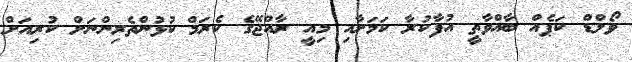
ވޯލްޑް ކަޕެއް ބާއްވާތީ އުފާކުރާ ކަމަށާއި މިއީ ރާއްޖޭގެ ކެރަމް ކުޅުންތެރިންނަށް ކުރިއަށް